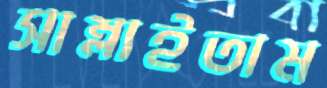
সাম্‌লাইতাম